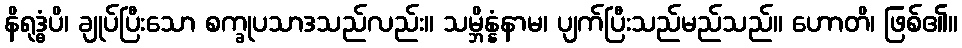
နိရုဒ္ဓံပိ၊ ချုပ်ပြီးသော စက္ခုပသာဒသည်လည်း။ သမ္ဘိန္နံနာမ၊ ပျက်ပြီးသည်မည်သည်။ ဟောတိ၊ ဖြစ်၏။